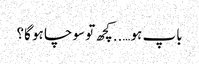
باپ ہو…..کچھ تو سوچا ہو گا؟